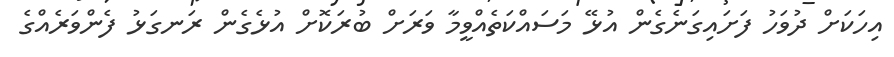
އިހަކަށް ދުވަހު ފަށައިގަނެގެން އުޅޭ މަސައްކަތެއްވީމާ ވަރަށް ބުރަކޮށް އުޅެގެން ރަނގަޅު ފެންވަރެއްގެ